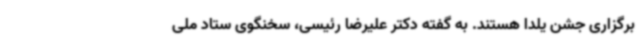
برگزاری جشن یلدا هستند. به گفته دکتر علیرضا رئیسی، سخنگوی ستاد ملی